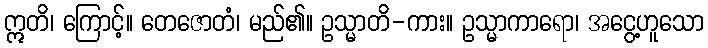
ဣတိ၊ ကြောင့်။ တေဇောတံ၊ မည်၏။ ဥသ္မာတိ-ကား။ ဥသ္မာကာရော၊ အငွေ့ဟူသော